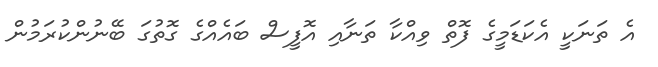
އެ ތަނަކީ އެކަޑަމީގެ ފޮތް ވިއްކާ ތަނާއި އޮފީސް ބައެއްގެ ގޮތުގަ ބޭނުންކުރަމުން